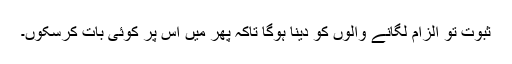
ثبوت تو الزام لگانے والوں کو دینا ہوگا تاکہ پھر میں اس پر کوئی بات کرسکوں۔